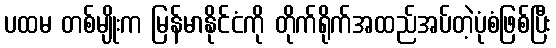
ပထမ တစ်မျိုးက မြန်မာနိုင်ငံကို တိုက်ရိုက်အထည်အပ်တဲ့ပုံစံဖြစ်ပြီး